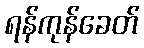
ရန်ကုန်ခေတ်